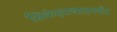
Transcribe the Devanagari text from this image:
सिकंदराबादपर्यंत